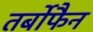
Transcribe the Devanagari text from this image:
तर्बोफैन